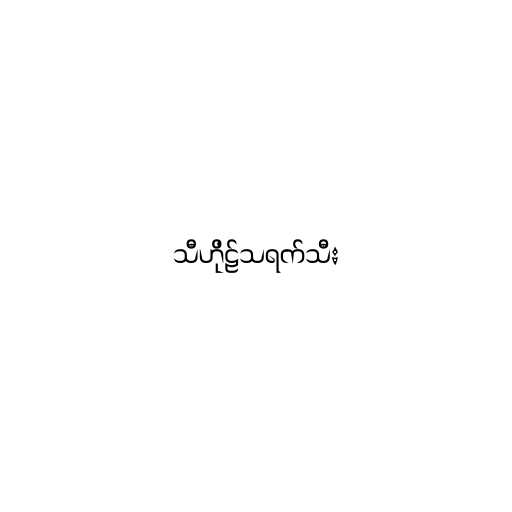
သီဟိုဠ်သရက်သီး